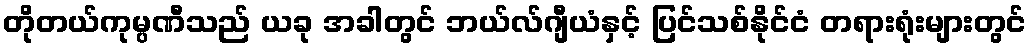
တိုတယ်ကုမ္ပဏီသည် ယခု အခါတွင် ဘယ်လ်ဂျီယံနှင့် ပြင်သစ်နိုင်ငံ တရားရုံးများတွင်